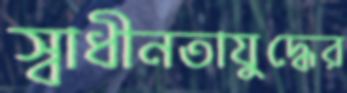
স্বাধীনতাযুদ্ধের